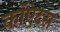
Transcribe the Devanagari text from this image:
कॉएटस